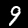
Label: 9